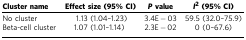
<table><thead><tr><td><b>Cluster name</b></td><td><b>Effect size (95% CI)</b></td><td><b><i>P</i> value</b></td><td><b><i>I</i><sup>2</sup> (95% CI)</b></td></tr></thead><tbody><tr><td>No cluster</td><td>1.13 (1.04–1.23)</td><td>3.4E−03</td><td>59.5 (32.0–75.9)</td></tr><tr><td>Beta-cell cluster</td><td>1.07 (1.01–1.14)</td><td>2.3E−02</td><td>0 (0–67.6)</td></tr></tbody></table>